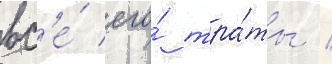
вс'е́ его́ тра́ты /